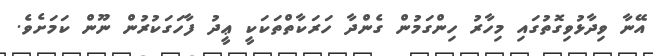
އޭނާ ވިދާޅުވިގޮތުގައި މިހާރު ހިންގަމުން ގެންދާ ހަރަކާތްތަކަކީ ޢީދު ފާހަގަކުރުން ނޫން ކަމަށެވެ.